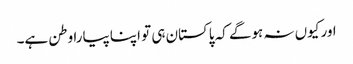
اور کیوں نہ ہوگے کہ پاکستان ہی تو اپنا پیارا وطن ہے۔